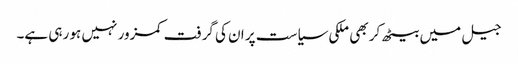
جیل میں بیٹھ کر بھی ملکی سیاست پر ان کی گرفت کمزور نہیں ہو رہی ہے۔